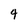
Character: 4